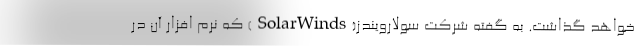
خواهد گذاشت. به گفته شرکت سولارویندز(SolarWinds) که نرم افزار آن در